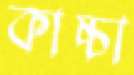
কাচ্চা